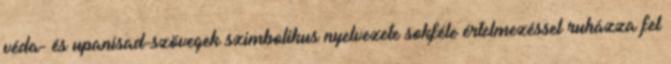
véda- és upanisad-szövegek szimbolikus nyelvezete sokféle értelmezéssel ruházza fel